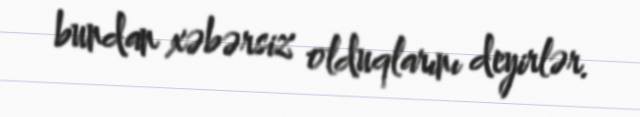
bundan xəbərsiz olduqlarını deyirlər.